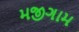
મજીગામ